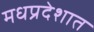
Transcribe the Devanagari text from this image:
मधप्रदेशात